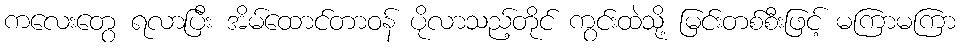
ကလေးတွေ ရလာပြီး အိမ်ထောင်တာဝန် ပိုလာသည့်တိုင် ကွင်းထဲသို့ မြင်းတစ်စီးဖြင့် မကြာမကြာ